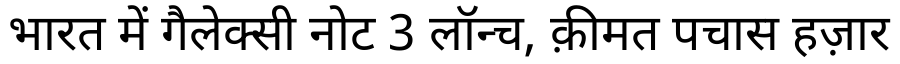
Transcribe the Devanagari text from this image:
भारत में गैलेक्सी नोट 3 लॉन्च, क़ीमत पचास हज़ार